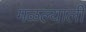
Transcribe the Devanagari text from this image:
मळल्याली